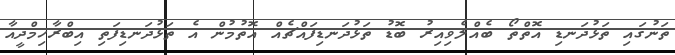
ތަނުގައި ތަޅުދަނޑި އޮތްތޯ ބެއްލެވިއިރު ބޮޑު ތަޅުދަނޑިފައްޗެއް އޮތުމުން އެ ތަޅުދަނޑިފަތި އިބްރާހިމްދީއާ